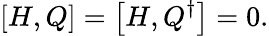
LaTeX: \left[H,Q\right]=\left[H,Q^{\dagger}\right]=0.